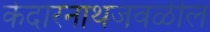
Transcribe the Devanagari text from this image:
केदारनाथजवळील